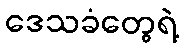
ဒေသခံတွေရဲ့